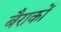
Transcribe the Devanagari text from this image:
बैराकों